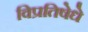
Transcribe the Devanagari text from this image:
विप्रतिषेधे